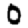
Digit: 0